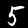
Digit: 5